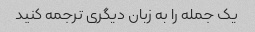
یک جمله را به زبان دیگری ترجمه کنید